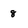
Character: 8